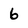
Character: 6